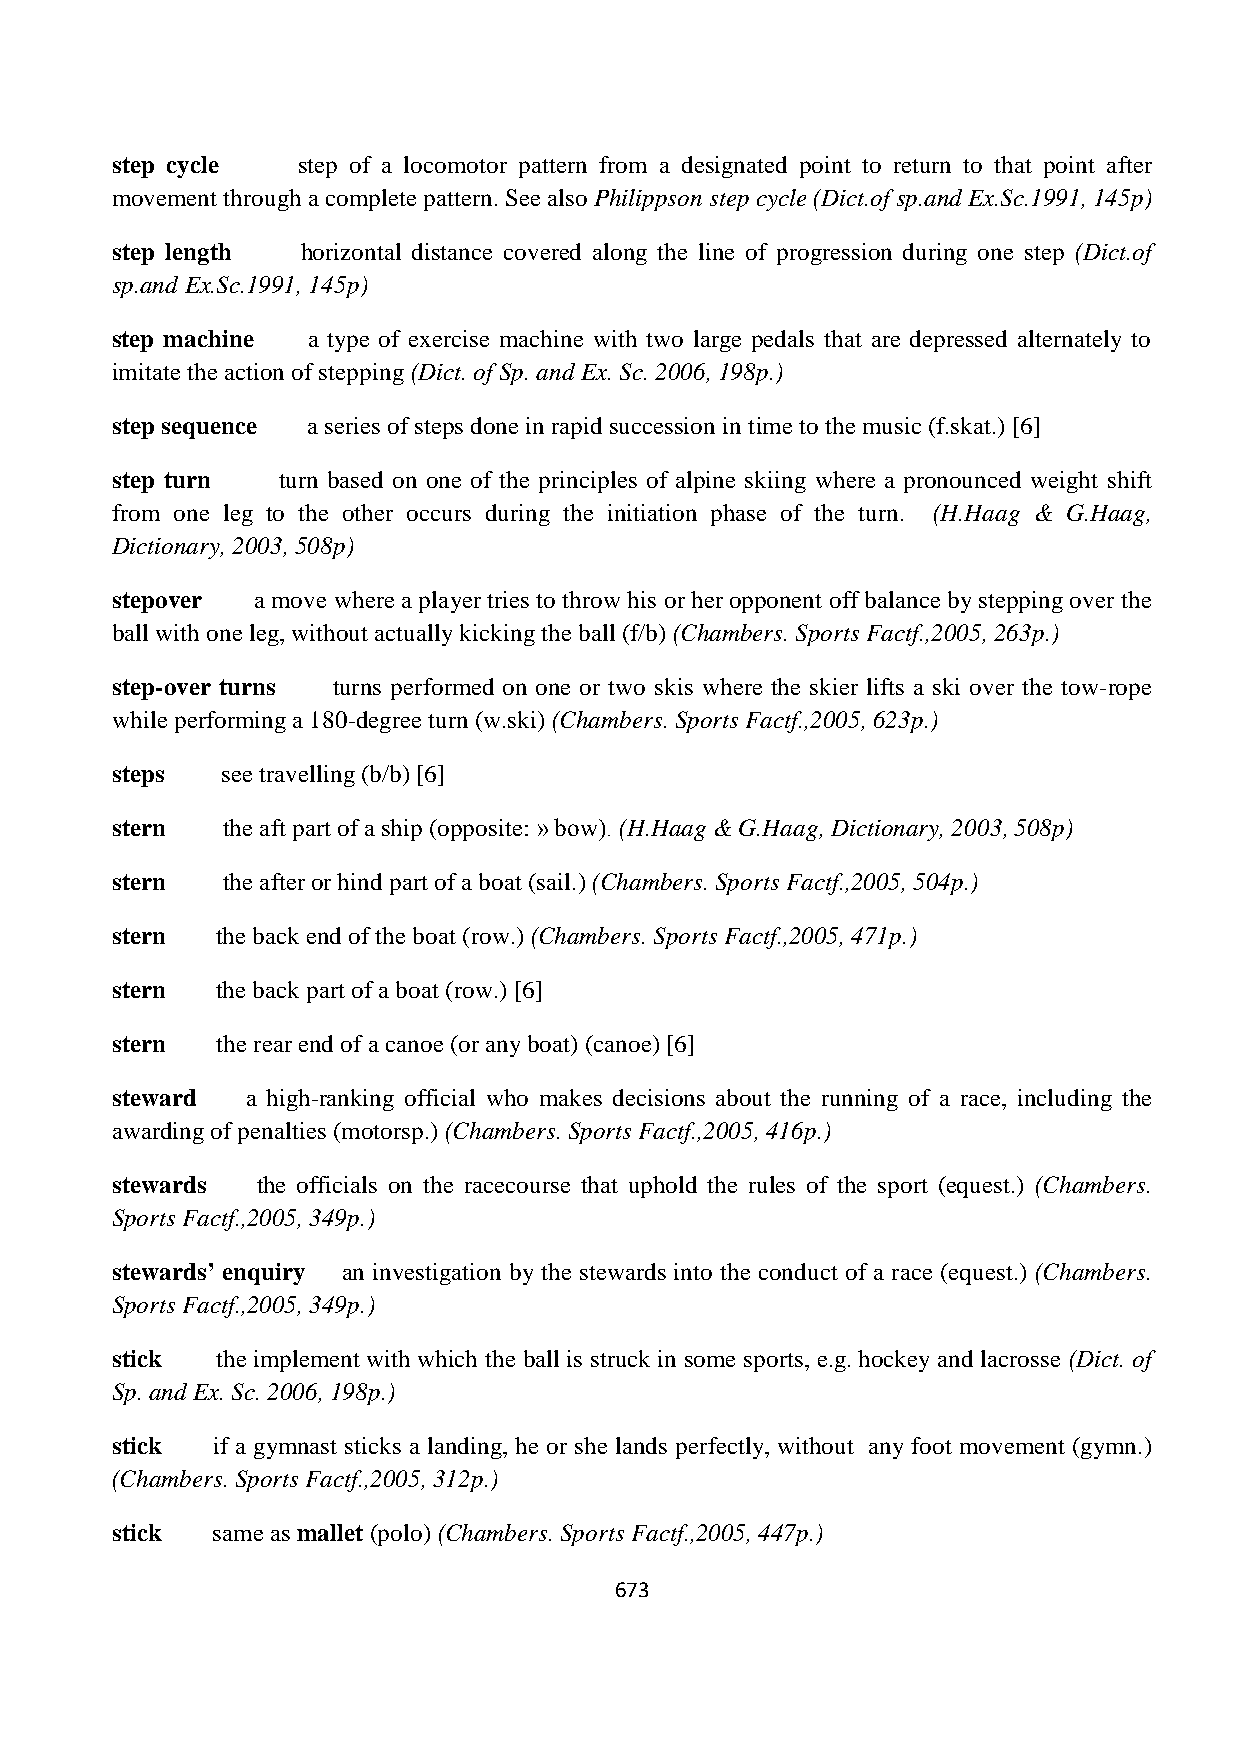
step cycle   step of a locomotor pattern from a designated point to return to that point after
 movement through a complete pattern. See also Philippson step cycle (Dict.of sp.and Ex.Sc.1991, 145p)
 step length  horizontal distance covered along the line of progression during one step (Dict.of
 sp.and Ex.Sc.1991, 145p)
 step machine a type of exercise machine with two large pedals that are depressed alternately to
 imitate the action of stepping (Dict. of Sp. and Ex. Sc. 2006, 198p.)
 step sequence a series of steps done in rapid succession in time to the music (f.skat.) [6]
 step turn  turn based on one of the principles of alpine skiing where a pronounced weight shift
 from one leg to the other occurs during the initiation phase of the turn. (H.Haag & G.Haag,
 Dictionary, 2003, 508p)
 stepover  a move where a player tries to throw his or her opponent off balance by stepping over the
 ball with one leg, without actually kicking the ball (f/b) (Chambers. Sports Factf.,2005, 263p.)
 step-over turns turns performed on one or two skis where the skier lifts a ski over the tow-rope
 while performing a 180-degree turn (w.ski) (Chambers. Sports Factf.,2005, 623p.)
 steps   see travelling (b/b) [6]
 stern   the aft part of a ship (opposite: » bow). (H.Haag & G.Haag, Dictionary, 2003, 508p)
 stern   the after or hind part of a boat (sail.) (Chambers. Sports Factf.,2005, 504p.)
 stern  the back end of the boat (row.) (Chambers. Sports Factf.,2005, 471p.)
 stern  the back part of a boat (row.) [6]
 stern  the rear end of a canoe (or any boat) (canoe) [6]
 steward  a high-ranking official who makes decisions about the running of a race, including the
 awarding of penalties (motorsp.) (Chambers. Sports Factf.,2005, 416p.)
 stewards  the officials on the racecourse that uphold the rules of the sport (equest.) (Chambers.
 Sports Factf.,2005, 349p.)
 stewards’ enquiry an investigation by the stewards into the conduct of a race (equest.) (Chambers.
 Sports Factf.,2005, 349p.)
 stick  the implement with which the ball is struck in some sports, e.g. hockey and lacrosse (Dict. of
 Sp. and Ex. Sc. 2006, 198p.)
 stick  if a gymnast sticks a landing, he or she lands perfectly, without any foot movement (gymn.)
 (Chambers. Sports Factf.,2005, 312p.)
 stick  same as mallet (polo) (Chambers. Sports Factf.,2005, 447p.)
 673